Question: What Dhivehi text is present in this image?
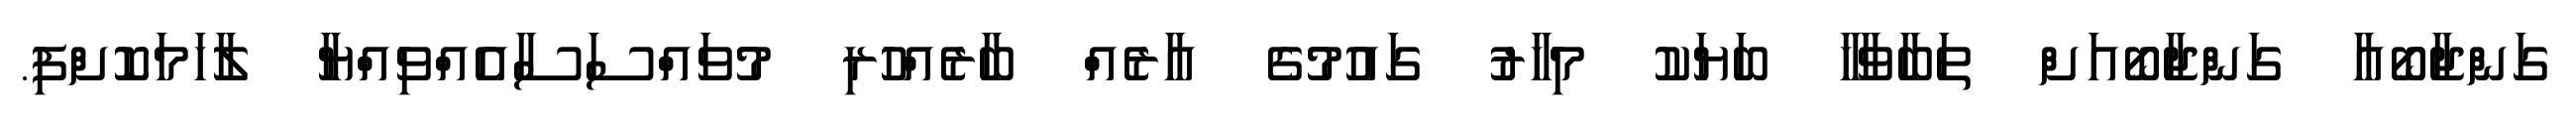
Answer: ގަންޖާބޯއާ ގަންޖާބޯއަށް ތަބާވާހާ ބަޔަކު މިހާރު ގައުމުގެ އާރެއް ބާރެއްހުރި މުވައްސަސާއެއްވިއްޔާ ލާހަމަކޮށްފި.